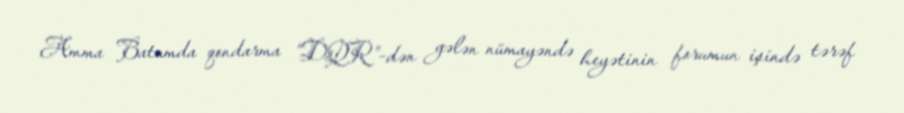
Amma Batumda qondarma “DQR”-dən gələn nümayəndə heyətinin forumun işində tərəf